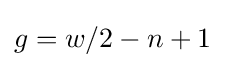
g=w/2-n+1